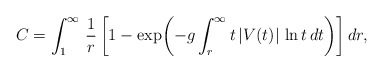
\begin{align*}C=\int_1^{\infty}\,{1\over r}\,\biggl[1-\exp\biggl(-g\int_r^{\infty}t\,|V(t)|\,\ln t\,dt\biggr)\biggr]\,dr,\end{align*}